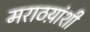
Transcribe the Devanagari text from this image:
मराठय़ांशी